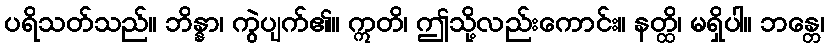
ပရိသတ်သည်။ ဘိန္နာ၊ ကွဲပျက်၏။ ဣတိ၊ ဤသို့လည်းကောင်း။ နတ္ထိ၊ မရှိပါ။ ဘန္တေ၊